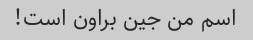
اسم من جین براون است!